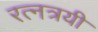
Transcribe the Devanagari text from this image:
रत्नत्रयी